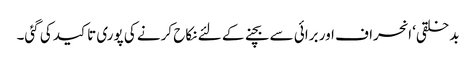
بدخلقی‘ انحراف اور برائی سے بچنے کے لئے نکاح کرنے کی پوری تاکید کی گئی۔